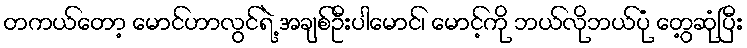
တကယ်တော့ မောင်ဟာလွင်ရဲ့ အချစ်ဦးပါမောင်၊ မောင့်ကို ဘယ်လိုဘယ်ပုံ တွေ့ဆုံပြီး